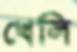
খেলি